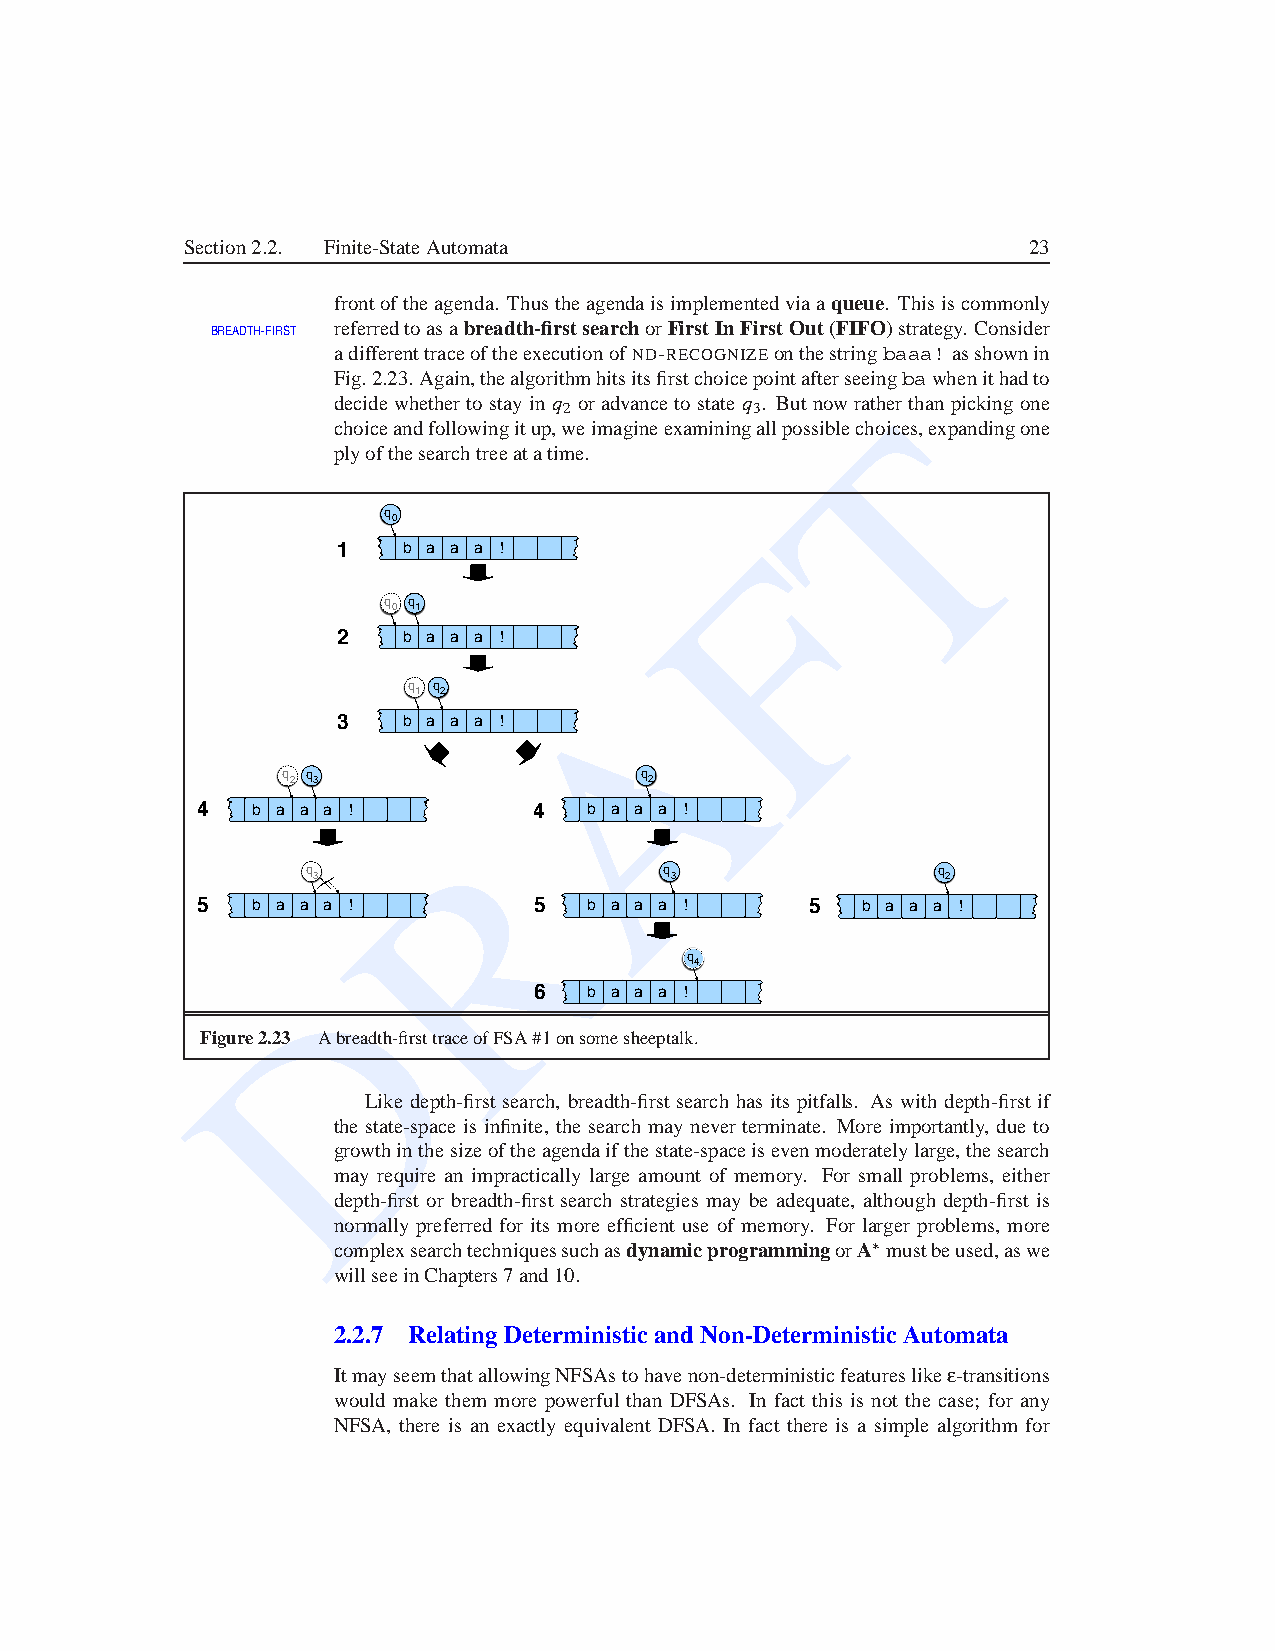
Section2.2. Finite-StateAutomata                        23
 frontoftheagenda. Thustheagendaisimplementedviaaqueue. Thisiscommonly
 BREADTH FIRST referredtoasabreadth-firstsearchorFirstInFirstOut(FIFO)strategy. Consider
 adifferenttraceoftheexecutionofND-RECOGNIZEonthestringbaaa! asshownin
 Fig.2.23.Again,thealgorithmhitsitsfirstchoicepointafterseeingbawhenithadto
 decidewhetherto stay in q or advanceto state q . ButnowratTherthan pickingone
 2            3
 choiceandfollowingitup,weimagineexaminingallpossiblechoices,expandingone
 plyofthesearchtreeatatime.
 q
 0
 F
 1    b a a a !
 q q
 0 1
 2    b a a a !
 A
 q q
 1 2
 3    b a a a !
 q q                    q
 2 3                     2
 4   b a a a !         4   b a a a !
 R
 q 3                     q 3               q 2
 5   b a a a !         5   b a a a !      5  b a a a !
 D                        q 4
 6   b a a a !
 Figure2.23 Abreadth-firsttraceofFSA#1onsomesheeptalk.
 Like depth-first search, breadth-firstsearch has its pitfalls. As with depth-first if
 the state-space is infinite, the search may never terminate. More importantly, due to
 growthinthesizeoftheagendaifthestate-spaceisevenmoderatelylarge,thesearch
 may require an impractically large amount of memory. For small problems, either
 depth-first or breadth-first search strategies may be adequate, although depth-first is
 normally preferred for its more efficient use of memory. For larger problems, more
 complexsearchtechniquessuchasdynamicprogrammingorA∗mustbeused,aswe
 willseeinChapters7and10.
 2.2.7 Relating DeterministicandNon-Deterministic Automata
 ItmayseemthatallowingNFSAstohavenon-deterministicfeatureslikee -transitions
 would make them more powerful than DFSAs. In fact this is not the case; for any
 NFSA, there is an exactly equivalent DFSA. In fact there is a simple algorithm for